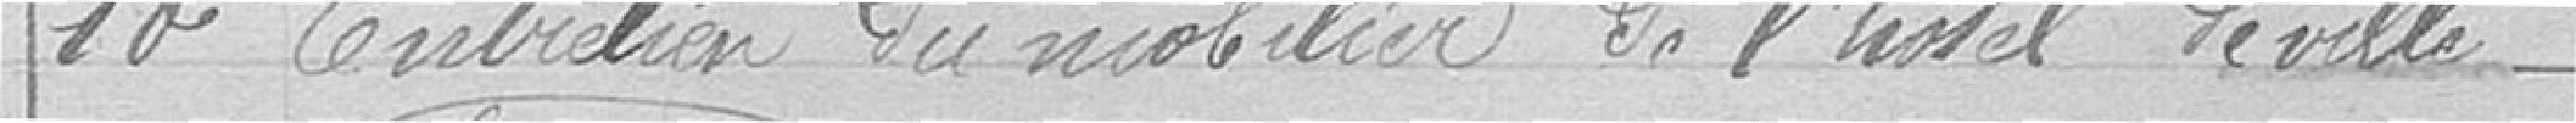
10 entretien du mobilier de l'Hôtel de Ville